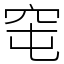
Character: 窀